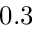
0 . 3